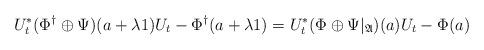
LaTeX: \begin{align*} U_t^\ast (\Phi^\dagger \oplus \Psi)(a+ \lambda 1) U_t - \Phi^\dagger(a + \lambda 1) = U_t^\ast (\Phi \oplus \Psi|_\mathfrak{A})(a) U_t - \Phi(a)\end{align*}